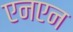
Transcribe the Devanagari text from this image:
एनएन